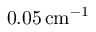
0 . 0 5 \, \mathrm { c m } ^ { - 1 }